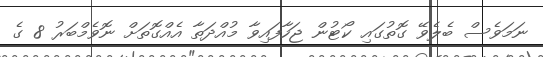
ނަމަވެސް ބެލެވޭ ގޮތުގައި ކޯޓުން ޖަހާފައިވާ މުއްދަތާ އެއްގޮތަށް ނޮވެމްބަރު 8 ގެ